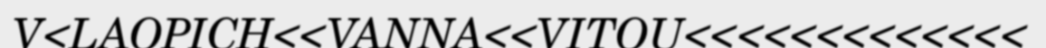
V<LAOPICH<<VANNA<<VITOU<<<<<<<<<<<<<